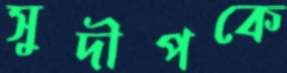
সুদীপকে